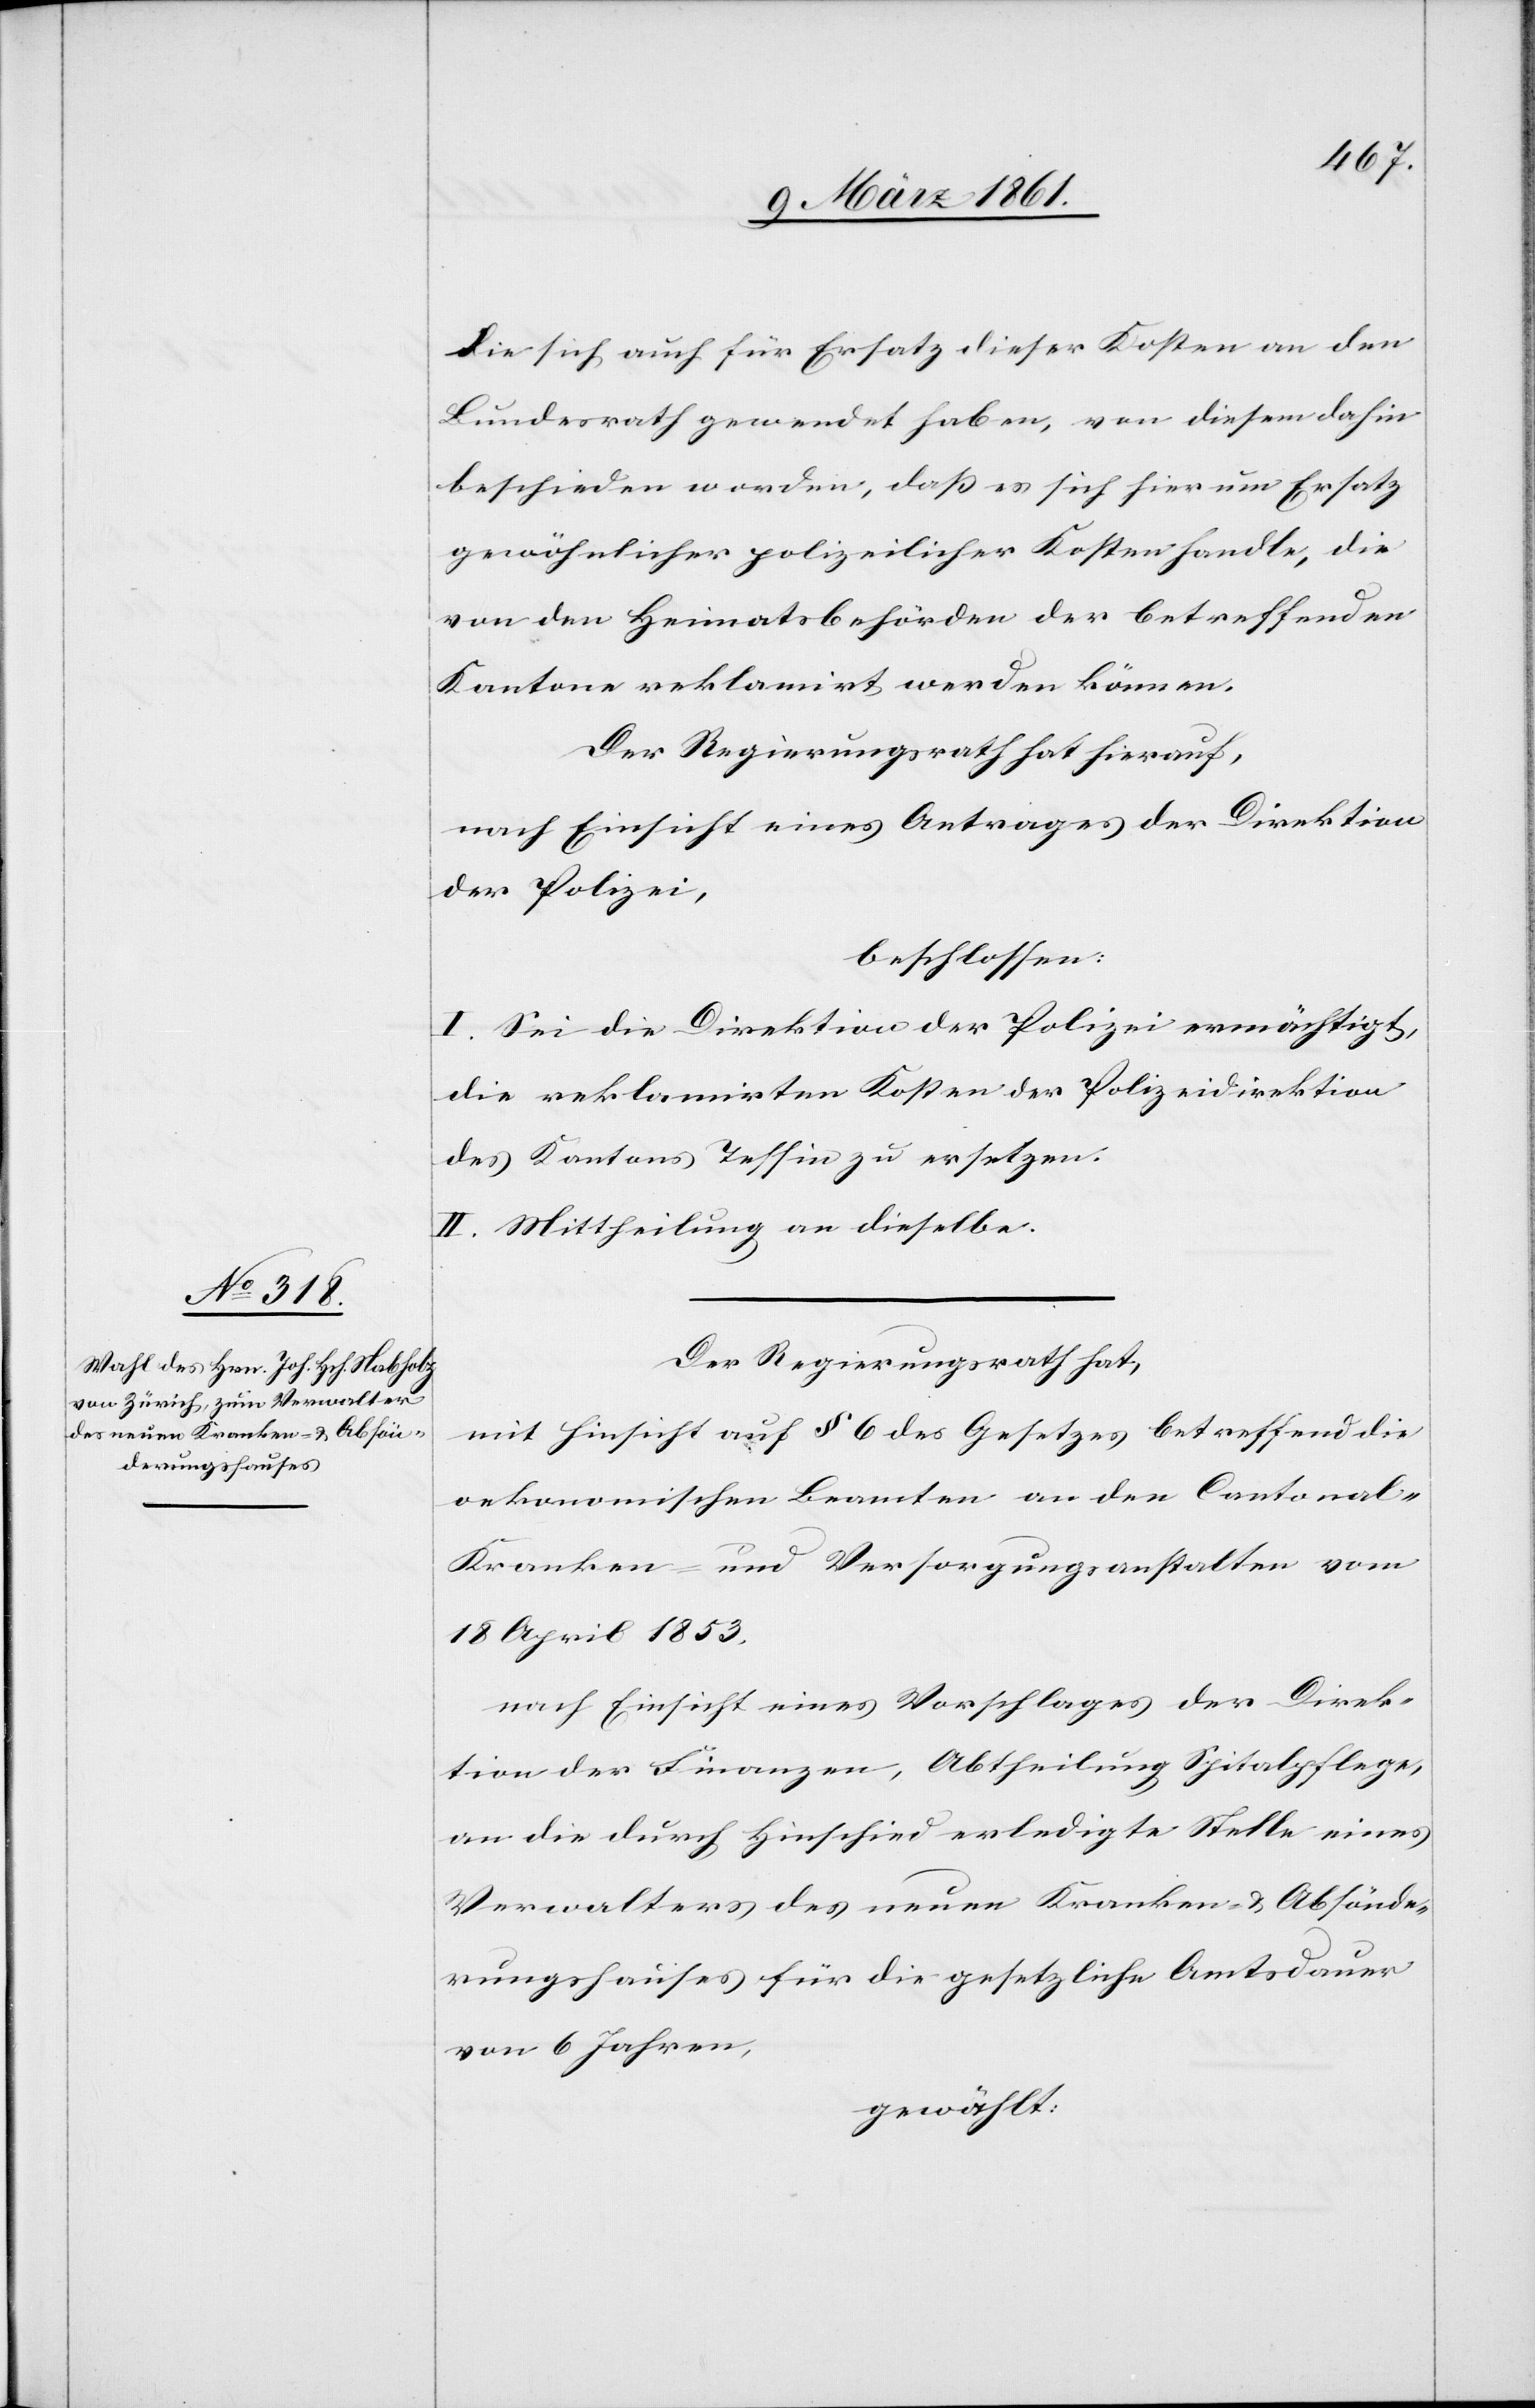
die sich auch für Ersatz dieser Kosten an den
Bundesrath gewendet haben, von diesem dahin
beschieden worden, dass es sich hier um Ersatz
gewöhnlicher polizeilicher Kosten handle, die
von den Heimatsbehörden der betreffenden
Kantone reklamirt werden können.
Der Regierungsrath hat hierauf,
nach Einsicht eines Antrages der Direktion
der Polizei,
beschlossen:
I. Sei die Direktion der Polizei ermächtigt,
die reklamirten Kosten der Polizeidirektion
des Kantons Tessin zu ersetzen.
II. Mittheilung an dieselben.
Der Regierungsrath hat,
mit Hinsicht auf § 6 des Gesetzes betreffend die
oekonomischen Beamten an den Cantonal-K¬
ranken- und Versorgungsanstalten vom
18. April 1853,
nach Einsicht eines Vorschlages der Direk¬
tion der Finanzen, Abtheilung Spitalpflege,
an die durch Hinschied erledigte Stelle eines
Verwalters des neuen Kranken- u. Absönde¬
rungshauses für die gesetzliche Amtsdauer
von 6 Jahren
gewählt: